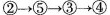
②\rightarrow ⑤\rightarrow ③\rightarrow ④